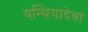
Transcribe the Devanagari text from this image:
वन्थियादेवा